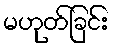
မဟုတ်ခြင်း